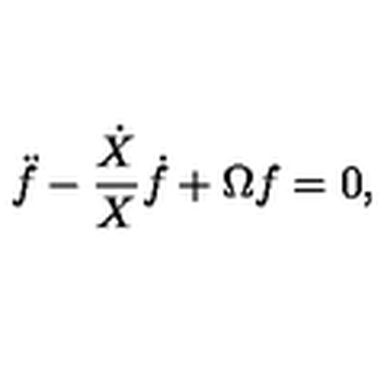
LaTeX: \ddot { f } - \frac { \dot { X } } { X } \dot { f } + \Omega f = 0 ,